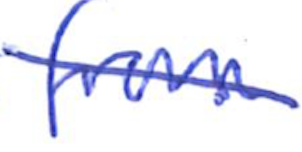
Text: from
Cross-out: diagonal
Writing tool: ballpoint